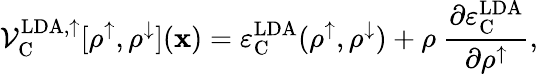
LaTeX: \mathcal{V}_{\mathrm{C}}^{\mathrm{LDA,\uparrow}}[\rho^{\uparrow},\rho^{\downarrow}]({\mathbf x})=\varepsilon_{\mathrm{C}}^{\mathrm{LDA}}(\rho^{\uparrow},\rho^{\downarrow})+\rho\ \frac{\partial\varepsilon_{\mathrm{C}}^{\mathrm{LDA}}}{\partial\rho^{\uparrow}},